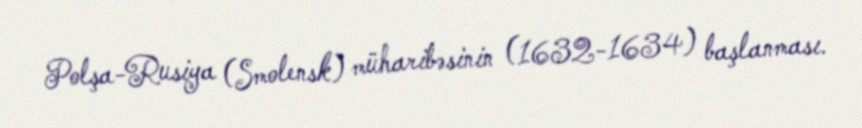
Polşa-Rusiya (Smolensk) müharibəsinin (1632-1634) başlanması.